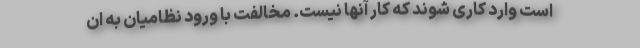
است وارد کاری شوند که کار آنها نیست. مخالفت با ورود نظامیان به ان